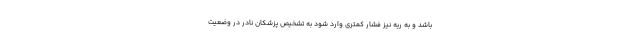
باشد و به ریه نیز فشار کمتری وارد شود به تشخیص پزشکان نادر در وضعیت